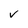
Character: v